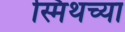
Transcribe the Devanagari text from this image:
स्मिथच्या